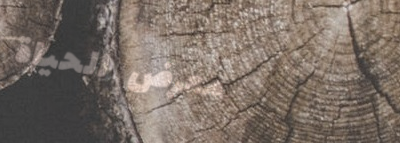
معرض الحياة